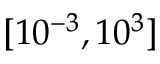
[ 1 0 ^ { - 3 } , 1 0 ^ { 3 } ]